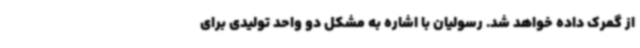
از گمرک داده خواهد شد. رسولیان با اشاره به مشکل دو واحد تولیدی برای